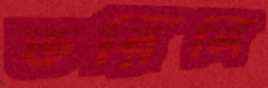
ভরিলি